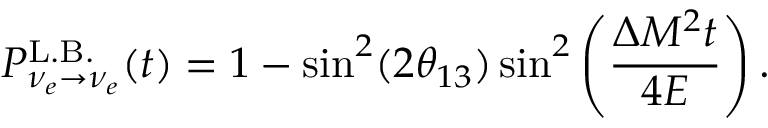
P _ { \nu _ { e } \rightarrow \nu _ { e } } ^ { \mathrm { L . B . } } ( t ) = 1 - \sin ^ { 2 } ( 2 \theta _ { 1 3 } ) \sin ^ { 2 } \left( \frac { \Delta M ^ { 2 } t } { 4 E } \right) .